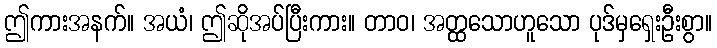
ဤကားအနက်။ အယံ၊ ဤဆိုအပ်ပြီးကား။ တာဝ၊ အတ္ထသောဟူသော ပုဒ်မှရှေးဦးစွာ။